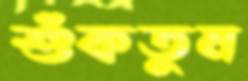
শুঁকতুম